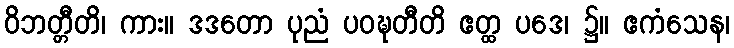
ဝိဘတ္တီတိ၊ ကား။ ဒဒတော ပုညံ ပဝဍ္ဎတီတိ ဧတ္ထ ပဒေ၊ ၌။ ဧကံသေန၊